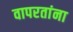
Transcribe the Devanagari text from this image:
वापरतांना